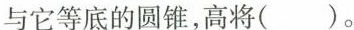
与它等底的圆锥，高将( )。